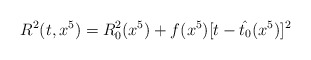
\begin{align*}R^2(t, x^5) = R^2_0(x^5) + f(x^5)[t-\hat{t_0}(x^5) ]^2\end{align*}